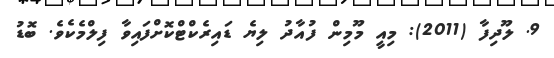
9. ލޫދިފާ (2011): މިއީ މޫމިން ފުއާދު ލިޔެ ޑައިރެކްޓްކޮށްފައިވާ ފިލްމެކެވެ. ބޮޑު